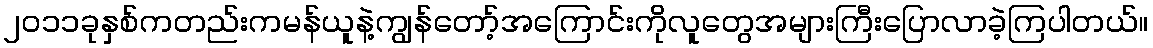
၂၀၁၁ခုနှစ်ကတည်းကမန်ယူနဲ့ကျွန်တော့်အကြောင်းကိုလူတွေအများကြီးပြောလာခဲ့ကြပါတယ်။